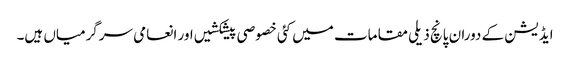
ایڈیشن کے دوران پانچ ذیلی مقامات میں کئی خصوصی پیشکشیں اور انعامی سرگرمیاں ہیں۔